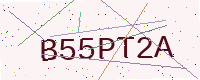
Text: B55PT2A